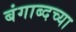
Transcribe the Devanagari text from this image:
बंगाब्दच्या